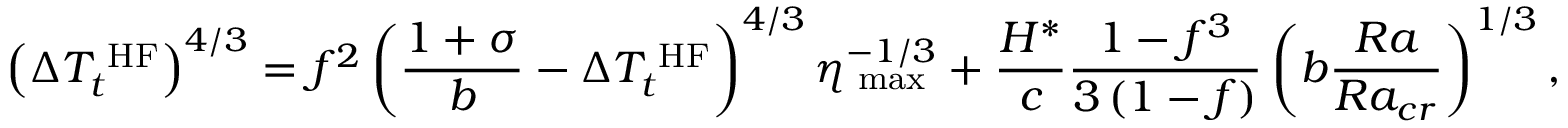
\left( \Delta T _ { t } ^ { \mathrm { \scriptsize ~ H F } } \right) ^ { 4 / 3 } = f ^ { 2 } \left( \frac { 1 + \sigma } { b } - \Delta T _ { t } ^ { \mathrm { \scriptsize ~ H F } } \right) ^ { 4 / 3 } \eta _ { \mathrm { \scriptsize ~ m a x } } ^ { - 1 / 3 } + \frac { H ^ { * } } { c } \frac { 1 - f ^ { 3 } } { 3 \left( 1 - f \right) } \left( b \frac { R a } { R a _ { c r } } \right) ^ { 1 / 3 } ,